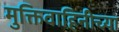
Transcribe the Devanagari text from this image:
मुक्तिवाहिनीच्या